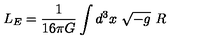
L _ { E } = \frac 1 { 1 6 \pi G } \int d ^ { 3 } x \ \sqrt { - g } \ R